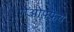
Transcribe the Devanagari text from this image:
ग़ेओफ़्फ़्रेय